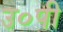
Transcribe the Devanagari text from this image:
उ०पी